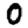
Digit: 0